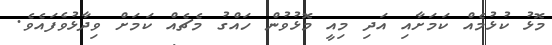
މޮޅު ކުޅުމެއް ކަމަށާއި އަދި މިއީ މޮޅުވުން ހައްގު މެޗެއް ކަމަށް ވިދާޅުވެފައެވެ.